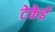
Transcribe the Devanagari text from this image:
टेकेई